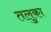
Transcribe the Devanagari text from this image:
तलुका